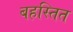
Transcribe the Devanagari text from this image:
बहस्तित